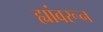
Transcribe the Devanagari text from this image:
ह्यांवरून